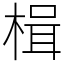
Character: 楫